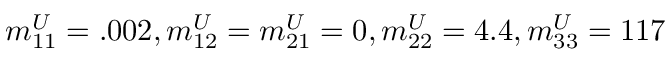
{ m _ { 1 1 } ^ { U } } = . 0 0 2 , { m _ { 1 2 } ^ { U } } = { m _ { 2 1 } ^ { U } } = 0 , { m _ { 2 2 } ^ { U } } = 4 . 4 , { m _ { 3 3 } ^ { U } } = 1 1 7